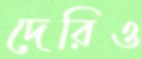
দেরিও